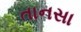
તાનસા